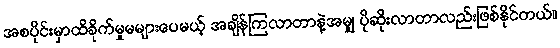
အစပိုင်းမှာထိခိုက်မှုမများပေမယ့် အချိန်ကြလာတာနဲ့အမျှ ပိုဆိုးလာတာလည်းဖြစ်နိုင်တယ်။